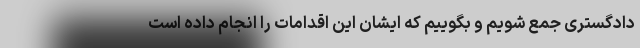
دادگستری جمع شویم و بگوییم که ایشان این اقدامات را انجام داده است